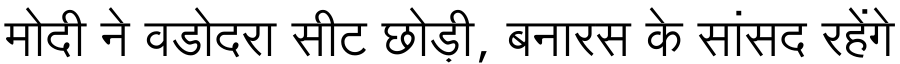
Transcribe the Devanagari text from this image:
मोदी ने वडोदरा सीट छोड़ी, बनारस के सांसद रहेंगे